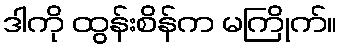
ဒါကို ထွန်းစိန်က မကြိုက်။